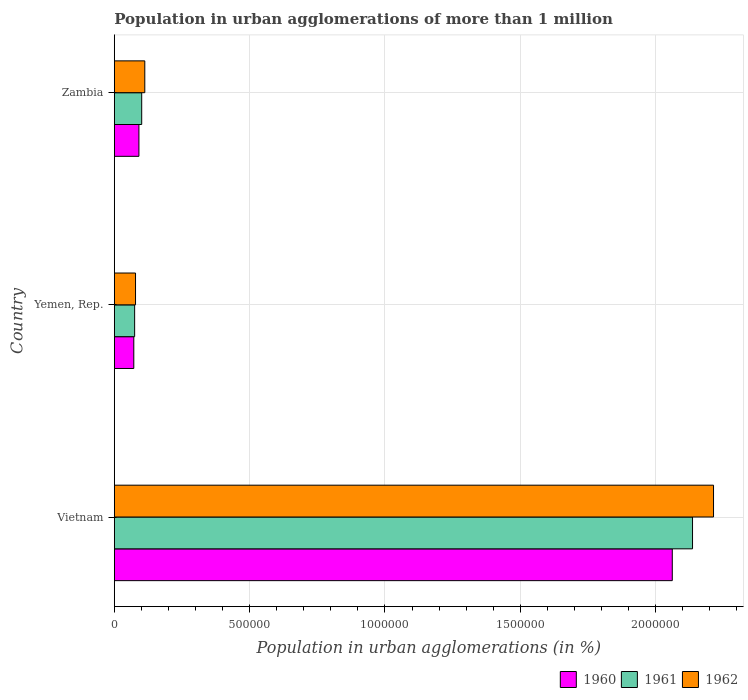
| Country | 1960 | 1961 | 1962 |
 | --- | --- | --- | --- |
 | Vietnam | 2.06e+06 | 2.14e+06 | 2.21e+06 |
 | Yemen, Rep. | 7.2e+04 | 7.52e+04 | 7.84e+04 |
 | Zambia | 9.09e+04 | 1.01e+05 | 1.13e+05 |